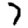
Digit: 7